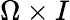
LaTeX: \Omega\times I